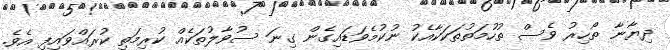
ދިޔާނާ ތޯހިރު ވެސް ތުހުމަތުތަކަކާއެކު ނުކުމެވަޑައިގެން ގިނަ ސުވާލުތަކެއް ކުރިމަތި ކުރައްވައިފި އެވެ.